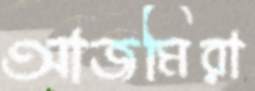
আজমিরা